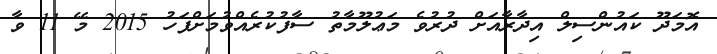
އޮމަދޫ ކައުންސިލް އިދާރާއަށް ދުރުވެ މަޢުލޫމާތު ސާފުކުރެއްވުމަށްފަހު 2015 މޭ 11 ވާ